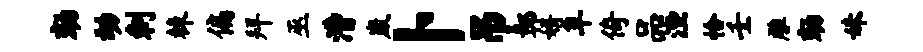
劾动剌棘偏拜巫漕崴卜吊鄣婿阜倚品湮恰壬雕劾妹